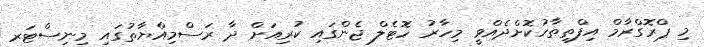
މި ޕްރޮގްރާމް އިފްތިތާހުކޮށްދެއްވީ މިހާރު ހޮޓެލް ޖެންގައި ކުރިއަށް ދާ ރަސްމިއްޔާތުގައި މިނިސްޓަރ